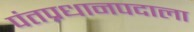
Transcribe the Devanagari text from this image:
पंतप्रधानपदाला